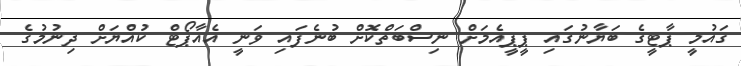
ގައުމީ ޕާޓީގެ ބަޔާނުގައި ޕީޕީއެމަށް ނިސްބަތްކޮށް ބުނެފައި ވަނީ އެއާޕޯޓް ކުއްޔަށް ދިނުމުގެ